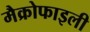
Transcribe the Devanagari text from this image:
मैक्रोफाइली